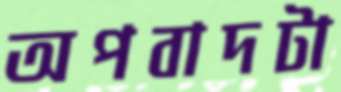
অপবাদটা